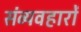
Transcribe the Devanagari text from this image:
संव्यवहारों